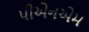
પીએનએમ